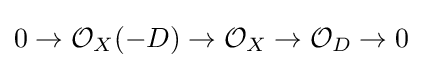
0\to {\mathcal {O}}_{X}(-D)\to {\mathcal {O}}_{X}\to {\mathcal {O}}_{D}\to 0